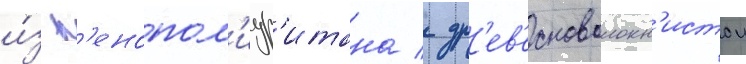
и́з п'енопол'иур'итана / др'ев'есноволокн'истои